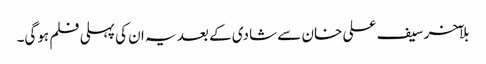
بلآخر سیف علی خان سے شادی کے بعد یہ ان کی پہلی فلم ہوگی۔